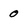
Character: 0